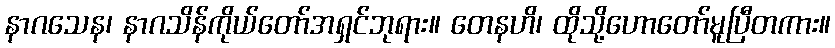
နာဂသေန၊ နာဂသိန်ကိုယ်တော်အရှင်ဘုရား။ တေနဟိ၊ ထိုသို့ဟောတော်မူပြီတကား။